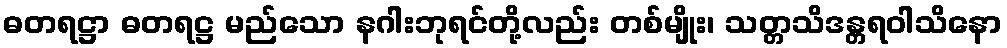
ဓတရဋ္ဌာ ဓတရဋ္ဌ မည်သော နဂါးဘုရင်တို့လည်း တစ်မျိုး၊ သတ္တသိဒန္တရဝါသိနော